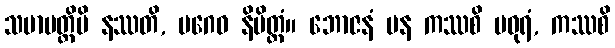
သမာပတ္တိပိ နဿတိ, ပဂေဝ နိမိတ္တံ။ ဘောဇနံ ပန ကဿစိ မဓုရံ, ကဿစိ